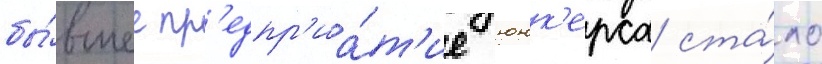
бы́вшее пр'едпр'иа́т'ие юнк'ерса ста́ло